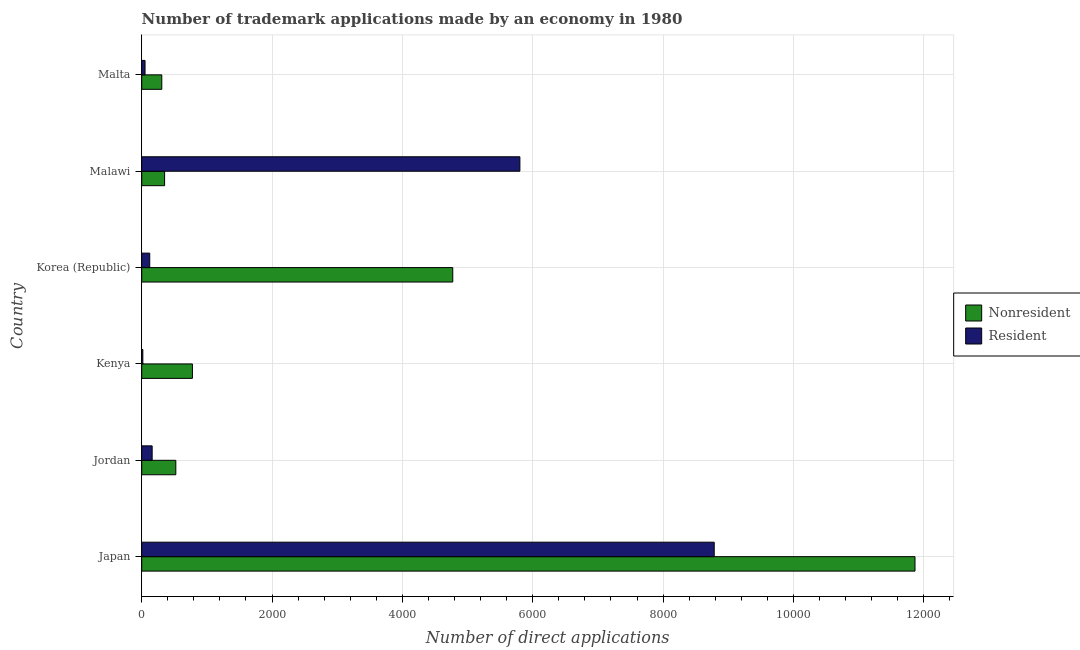
| Country | Nonresident | Resident |
 | --- | --- | --- |
 | Japan | 1.19e+04 | 8.78e+03 |
 | Jordan | 523 | 160 |
 | Kenya | 778 | 17 |
 | Korea (Republic) | 4.77e+03 | 123 |
 | Malawi | 351 | 5.8e+03 |
 | Malta | 308 | 51 |